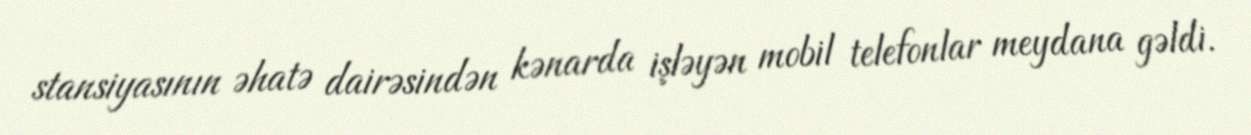
stansiyasının əhatə dairəsindən kənarda işləyən mobil telefonlar meydana gəldi.